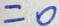
= 0